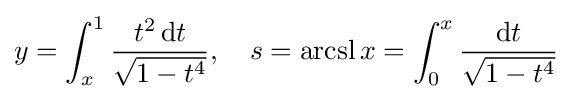
y=\int _{x}^{1}{\frac {t^{2}\mathop {\mathrm {d} t} }{\sqrt {1-t^{4}}}},\quad s=\operatorname {arcsl} x=\int _{0}^{x}{\frac {\mathrm {d} t}{\sqrt {1-t^{4}}}}